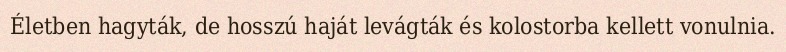
Életben hagyták, de hosszú haját levágták és kolostorba kellett vonulnia.